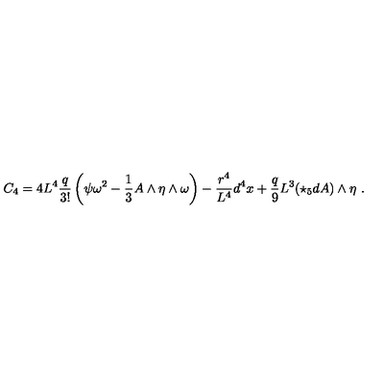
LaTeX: C _ { 4 } = 4 L ^ { 4 } \frac { q } { 3 ! } \left( \psi \omega ^ { 2 } - \frac { 1 } { 3 } A \wedge \eta \wedge \omega \right) - \frac { r ^ { 4 } } { L ^ { 4 } } d ^ { 4 } x + \frac { q } { 9 } L ^ { 3 } ( \star _ { 5 } d A ) \wedge \eta \ .